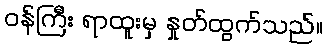
ဝန်ကြီး ရာထူးမှ နှုတ်ထွက်သည်။